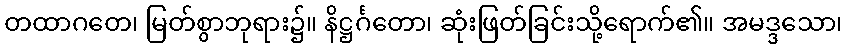
တထာဂတေ၊ မြတ်စွာဘုရား၌။ နိဋ္ဌင်္ဂတော၊ ဆုံးဖြတ်ခြင်းသို့ရောက်၏။ အမဒ္ဒသော၊